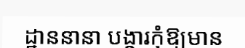
ដ្ឋាននានា បង្ការកុំឱ្យមាន